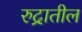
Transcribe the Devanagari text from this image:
रुद्रातील